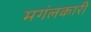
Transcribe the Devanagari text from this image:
मगंलकारी